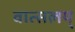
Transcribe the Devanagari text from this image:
वात्सलय्